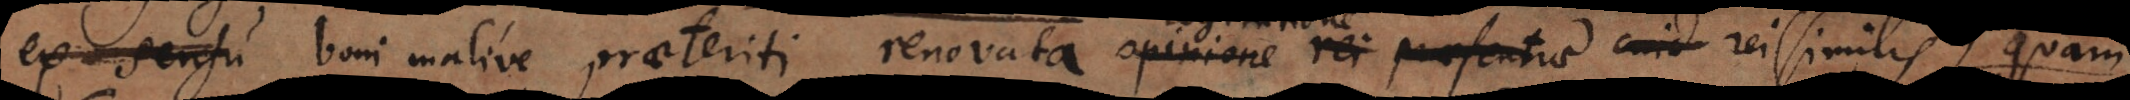
sensu sensione boni malive praeteriti renovata opinione rei praesentiae cuid (similis)...